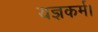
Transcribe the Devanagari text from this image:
यज्ञकर्म।